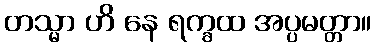
တသ္မာ ဟိ နေ ရက္ခထ အပ္ပမတ္တာ။